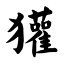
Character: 獾